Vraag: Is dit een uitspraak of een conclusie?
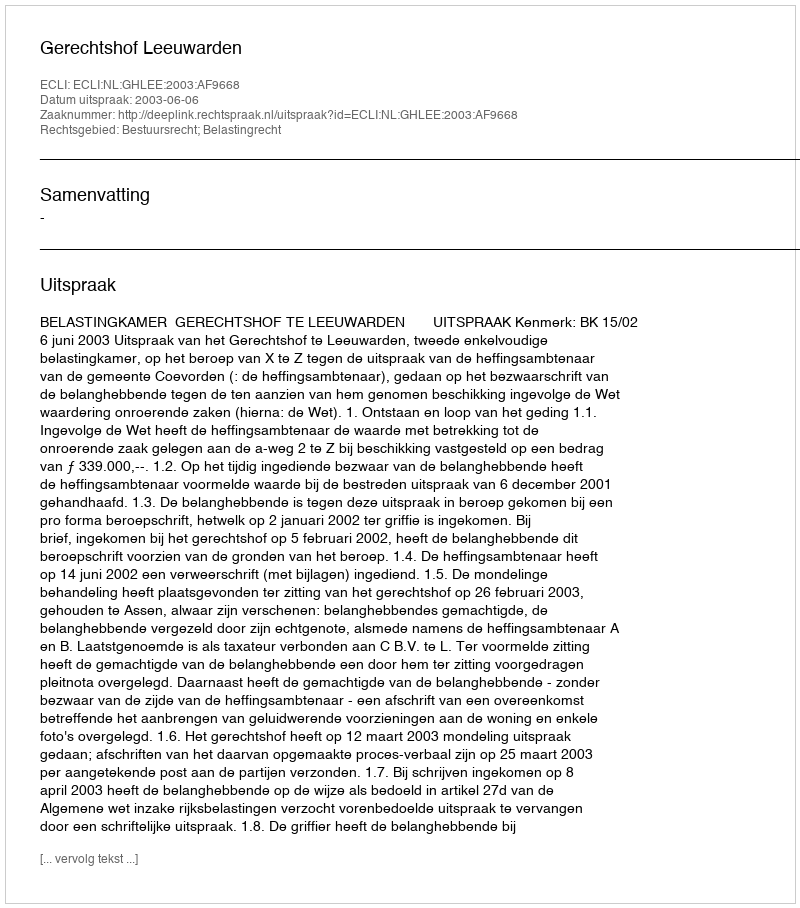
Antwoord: Uitspraak